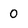
Character: 0